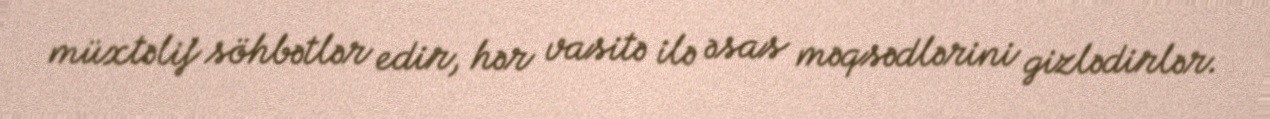
müxtəlif söhbətlər edir, hər vasitə ilə əsas məqsədlərini gizlədirlər.